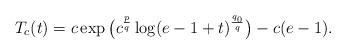
LaTeX: \begin{align*} T_c(t)=c\exp\big(c^\frac{p}{q}\log(e-1+t)^\frac{q_0}{q}\big)-c(e-1).\end{align*}